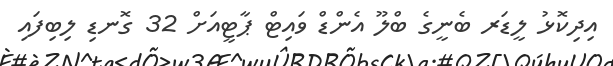
އިދިކޮޅު ލީޑަރ ބެނީގެ ބްލޫ އެންޑް ވައިޓް ޕާޓީއަށް 32 ގޮނޑި ލިބިފައި